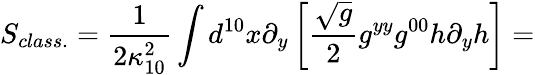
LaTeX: S_{class.}=\frac{1}{2\kappa_{10}^{2}}\int d^{10}x\partial_{y}\left[\frac{\sqrt{g}}{2}g^{yy}g^{00}h\partial_{y}h\right]=